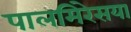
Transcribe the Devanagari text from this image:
पालमिरेसया